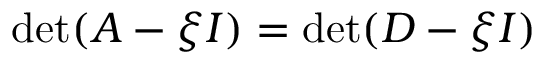
\operatorname* { d e t } ( A - \xi I ) = \operatorname* { d e t } ( D - \xi I )